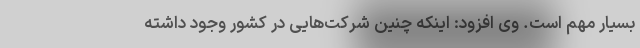
بسیار مهم است. وی افزود: اینکه چنین شرکت‌هایی در کشور وجود داشته